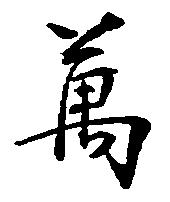
万